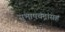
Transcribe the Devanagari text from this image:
सुभाषचंद्रांसह